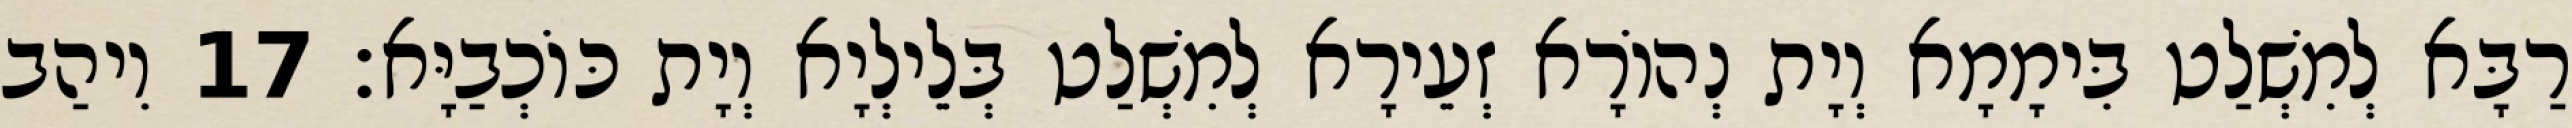
רַבָּא לְמִשְׁלַט בִּימָמָא וְיָת נְהוֹרָא זְעֵירָא לְמִשְׁלַט בְּלֵילְיָא וְיָת כּוֹכְבַיָּא׃ 17 וִיהַב